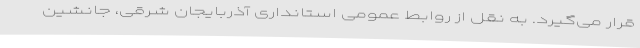
قرار می‌گیرد. به نقل از روابط عمومی استانداری آذربایجان شرقی، جانشین